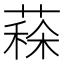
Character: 𦸸